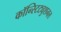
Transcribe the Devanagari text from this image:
कॉन्स्टिट्युशनल